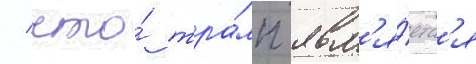
/ что́ тра́мп явл'я́етс'я